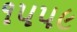
૧૫૫૯